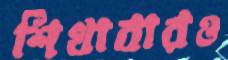
শিখাবারও